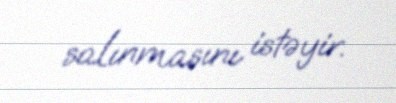
salınmasını istəyir.